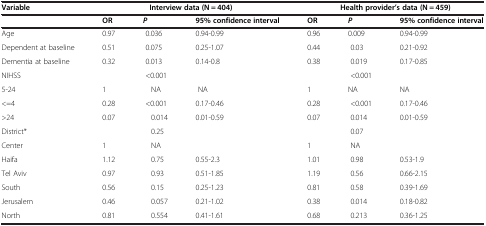
| Variable | <COLSPAN=3> Interview data (N = 404) | <COLSPAN=3> Health provider’s data (N = 459) |
 | --- | --- | --- | --- | --- | --- | --- |
 |  | OR | P | 95% confidence interval | OR | P | 95% confidence interval |
 | Age | 0.97 | 0.036 | 0.94-0.99 | 0.96 | 0.009 | 0.94-0.99 |
 | Dependent at baseline | 0.51 | 0.075 | 0.25-1.07 | 0.44 | 0.03 | 0.21-0.92 |
 | Dementia at baseline | 0.32 | 0.013 | 0.14-0.8 | 0.38 | 0.019 | 0.17-0.85 |
 | NIHSS |  | <0.001 |  |  | <0.001 |  |
 | 5-24 | 1 | NA | NA | 1 | NA | NA |
 | <=4 | 0.28 | <0.001 | 0.17-0.46 | 0.28 | <0.001 | 0.17-0.46 |
 | >24 | 0.07 | 0.014 | 0.01-0.59 | 0.07 | 0.014 | 0.01-0.59 |
 | District* |  | 0.25 |  |  | 0.07 |  |
 | Center | 1 | NA |  | 1 | NA |  |
 | Haifa | 1.12 | 0.75 | 0.55-2.3 | 1.01 | 0.98 | 0.53-1.9 |
 | Tel Aviv | 0.97 | 0.93 | 0.51-1.85 | 1.19 | 0.56 | 0.66-2.15 |
 | South | 0.56 | 0.15 | 0.25-1.23 | 0.81 | 0.58 | 0.39-1.69 |
 | Jerusalem | 0.46 | 0.057 | 0.21-1.02 | 0.38 | 0.014 | 0.18-0.82 |
 | North | 0.81 | 0.554 | 0.41-1.61 | 0.68 | 0.213 | 0.36-1.25 |